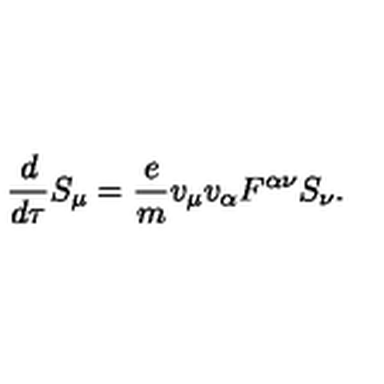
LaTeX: \frac { d } { d \tau } S _ { \mu } = \frac { e } { m } v _ { \mu } v _ { \alpha } F ^ { \alpha \nu } S _ { \nu } .